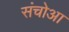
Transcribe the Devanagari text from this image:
संचोआ